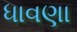
ધાવણા